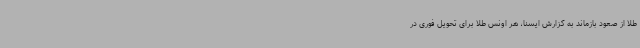
طلا از صعود بازماند به گزارش ایسنا، هر اونس طلا برای تحویل فوری در